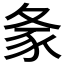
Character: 𰋎